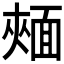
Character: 𩈧